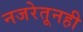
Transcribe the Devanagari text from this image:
नजरेतूनही